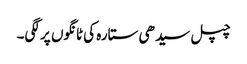
چپل سیدھی ستارہ کی ٹانگوں پر لگی۔